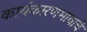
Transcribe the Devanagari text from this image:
कार्यकारणभावाचे